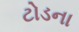
ટોડના